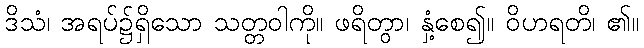
ဒိသံ၊ အရပ်၌ရှိသော သတ္တဝါကို။ ဖရိတွာ၊ နှံ့စေ၍။ ဝိဟရတိ၊ ၏။